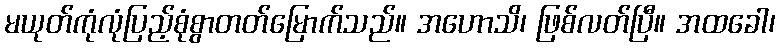
မယုတ်ကုံလုံပြည့်စုံစွာတတ်မြောက်သည်။ အဟောသိ၊ ဖြစ်လတ်ပြီ။ အထခေါ၊